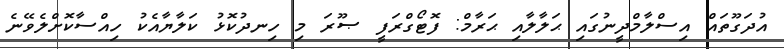
އުދަގޫތައް އިސްލާމްދީނުގައި ޙަލާލާއި ޙަރާމް: ފޮޓޯގްރަފީ ޞޫރަ މި ހިނދުކޮޅު ކަލާޔާއެކު ހިއްސާކޮށްލެވޭނެ